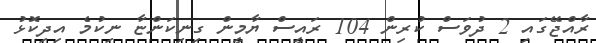
ރާއްޖޭގައި 2 ދުވަސް ކުރިން 104 ރައީސް ޔާމީން ގިނިކަންޏާ ނިކުމެ އިދިކޮޅު